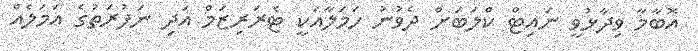
އޮބާމާ ވިދާޅުވީ ނައިޓް ކްލަބަށް ދެވުނު ހަމަލާއަކީ ޓެރަރިޒަމް އަދި ނަފުރަތުގެ އަމަލެއް